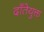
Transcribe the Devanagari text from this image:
दाँतेयुक्त